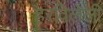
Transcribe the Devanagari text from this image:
हरविलेली